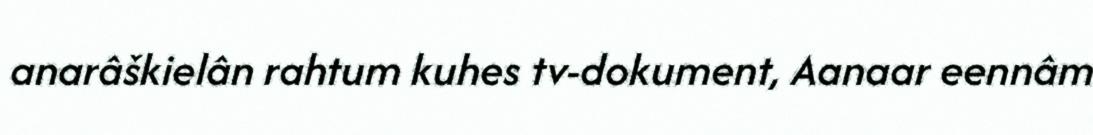
anarâškielân rahtum kuhes tv-dokument, Aanaar eennâm